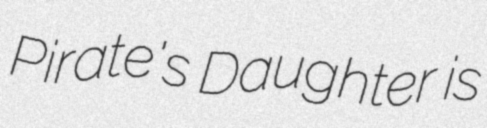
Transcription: Pirate's Daughter is